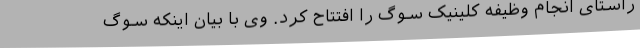
راستای انجام وظیفه کلینیک سوگ را افتتاح کرد. وی با بیان اینکه سوگ